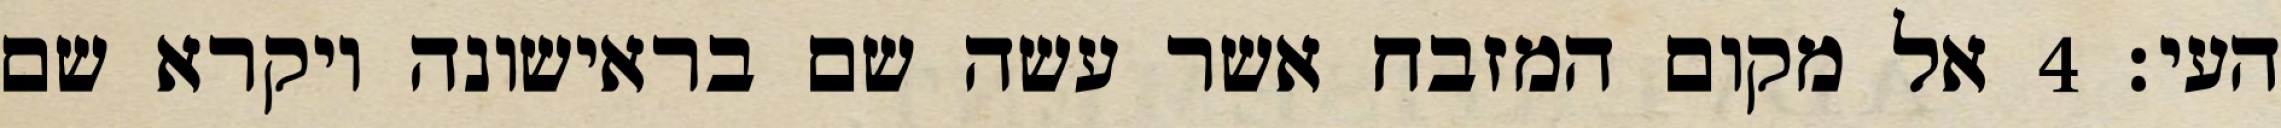
העי׃ ‎4‏ אל מקום המזבח אשר עשה שם בראישונה ויקרא שם